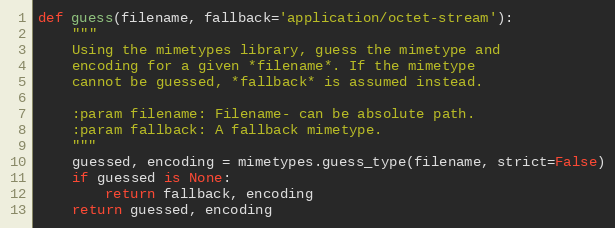
Language: Python
def guess(filename, fallback='application/octet-stream'):
    """
    Using the mimetypes library, guess the mimetype and
    encoding for a given *filename*. If the mimetype
    cannot be guessed, *fallback* is assumed instead.

    :param filename: Filename- can be absolute path.
    :param fallback: A fallback mimetype.
    """
    guessed, encoding = mimetypes.guess_type(filename, strict=False)
    if guessed is None:
        return fallback, encoding
    return guessed, encoding